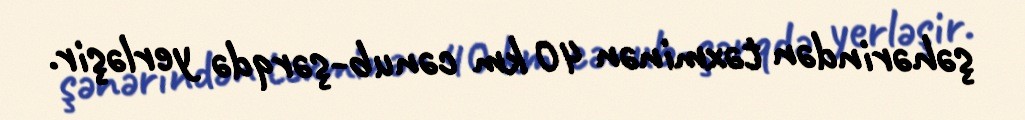
şəhərindən təxminən 40 km cənub-şərqdə yerləşir.